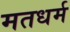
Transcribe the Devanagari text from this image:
मतधर्म